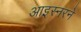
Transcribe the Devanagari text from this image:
आइस्नरने